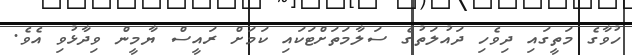
ހުވާގެ މަތީގައި ދިވެހި ދައުލަތުގެ ސަލާމަތަށްޓަކައި ކަމަށް ރައީސް ޔާމީން ވިދާޅުވި އެވެ.